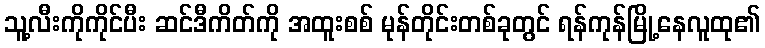
သူ့လီးကိုကိုင်ပီး ဆင်ဒီကိတ်ကို အထူးစစ် မုန်တိုင်းတစ်ခုတွင် ရန်ကုန်မြို့နေလူထု၏